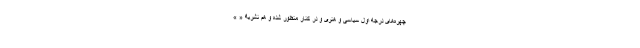
چهره‌های درجه اول سیاسی و هنری و در کنار منظور شده و هم نشریۀ « »